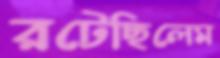
রটেছিলেম